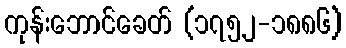
ကုန်းဘောင်ခေတ် (၁၇၅၂-၁၈၈၆)